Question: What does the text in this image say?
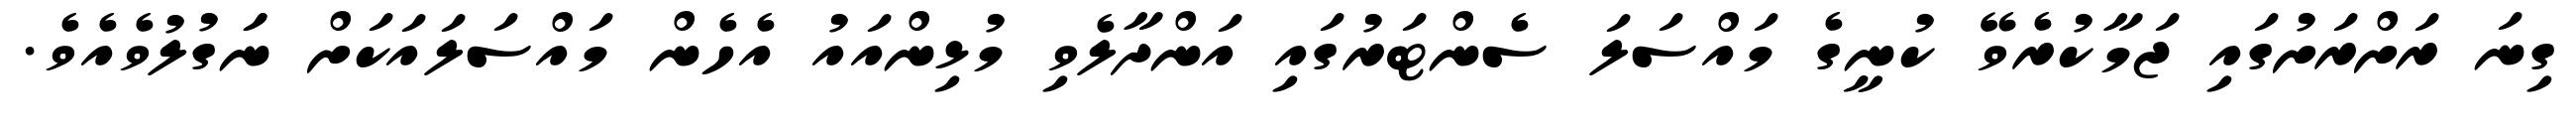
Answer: ގިނަ ރަށްރަށުގައި ޖަމާކުރެވޭ ކުނީގެ މައްސަލަ ސެންޓަރުގައި އަންދާލެވި މުޅިންއައު އެހެން މައްސަލައަކަށް ނަަގުލުވެއެވެ.